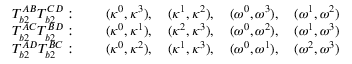
\begin{array} { c c } { T _ { b 2 } ^ { A B } T _ { b 2 } ^ { C D } : \qquad ( \kappa ^ { 0 } , \kappa ^ { 3 } ) , \quad ( \kappa ^ { 1 } , \kappa ^ { 2 } ) , \quad ( \omega ^ { 0 } , \omega ^ { 3 } ) , \quad ( \omega ^ { 1 } , \omega ^ { 2 } ) } \\ { T _ { b 2 } ^ { A C } T _ { b 2 } ^ { B D } : \qquad ( \kappa ^ { 0 } , \kappa ^ { 1 } ) , \quad ( \kappa ^ { 2 } , \kappa ^ { 3 } ) , \quad ( \omega ^ { 0 } , \omega ^ { 2 } ) , \quad ( \omega ^ { 1 } , \omega ^ { 3 } ) } \\ { T _ { b 2 } ^ { A D } T _ { b 2 } ^ { B C } : \qquad ( \kappa ^ { 0 } , \kappa ^ { 2 } ) , \quad ( \kappa ^ { 1 } , \kappa ^ { 3 } ) , \quad ( \omega ^ { 0 } , \omega ^ { 1 } ) , \quad ( \omega ^ { 2 } , \omega ^ { 3 } ) } \end{array}